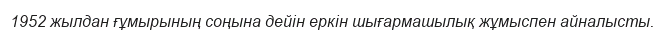
1952 жылдан ғұмырының соңына дейін еркін шығармашылық жұмыспен айналысты.